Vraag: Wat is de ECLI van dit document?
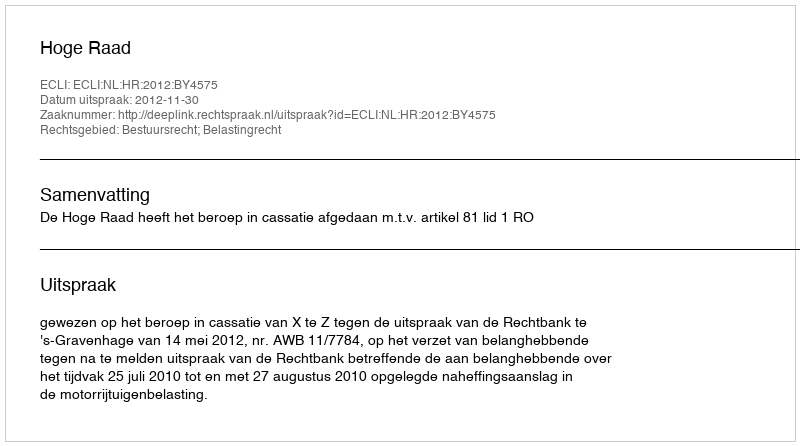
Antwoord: ECLI:NL:HR:2012:BY4575